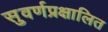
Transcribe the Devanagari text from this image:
सुवर्णप्रक्षालित